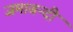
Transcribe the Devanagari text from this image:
जमाबन्दी